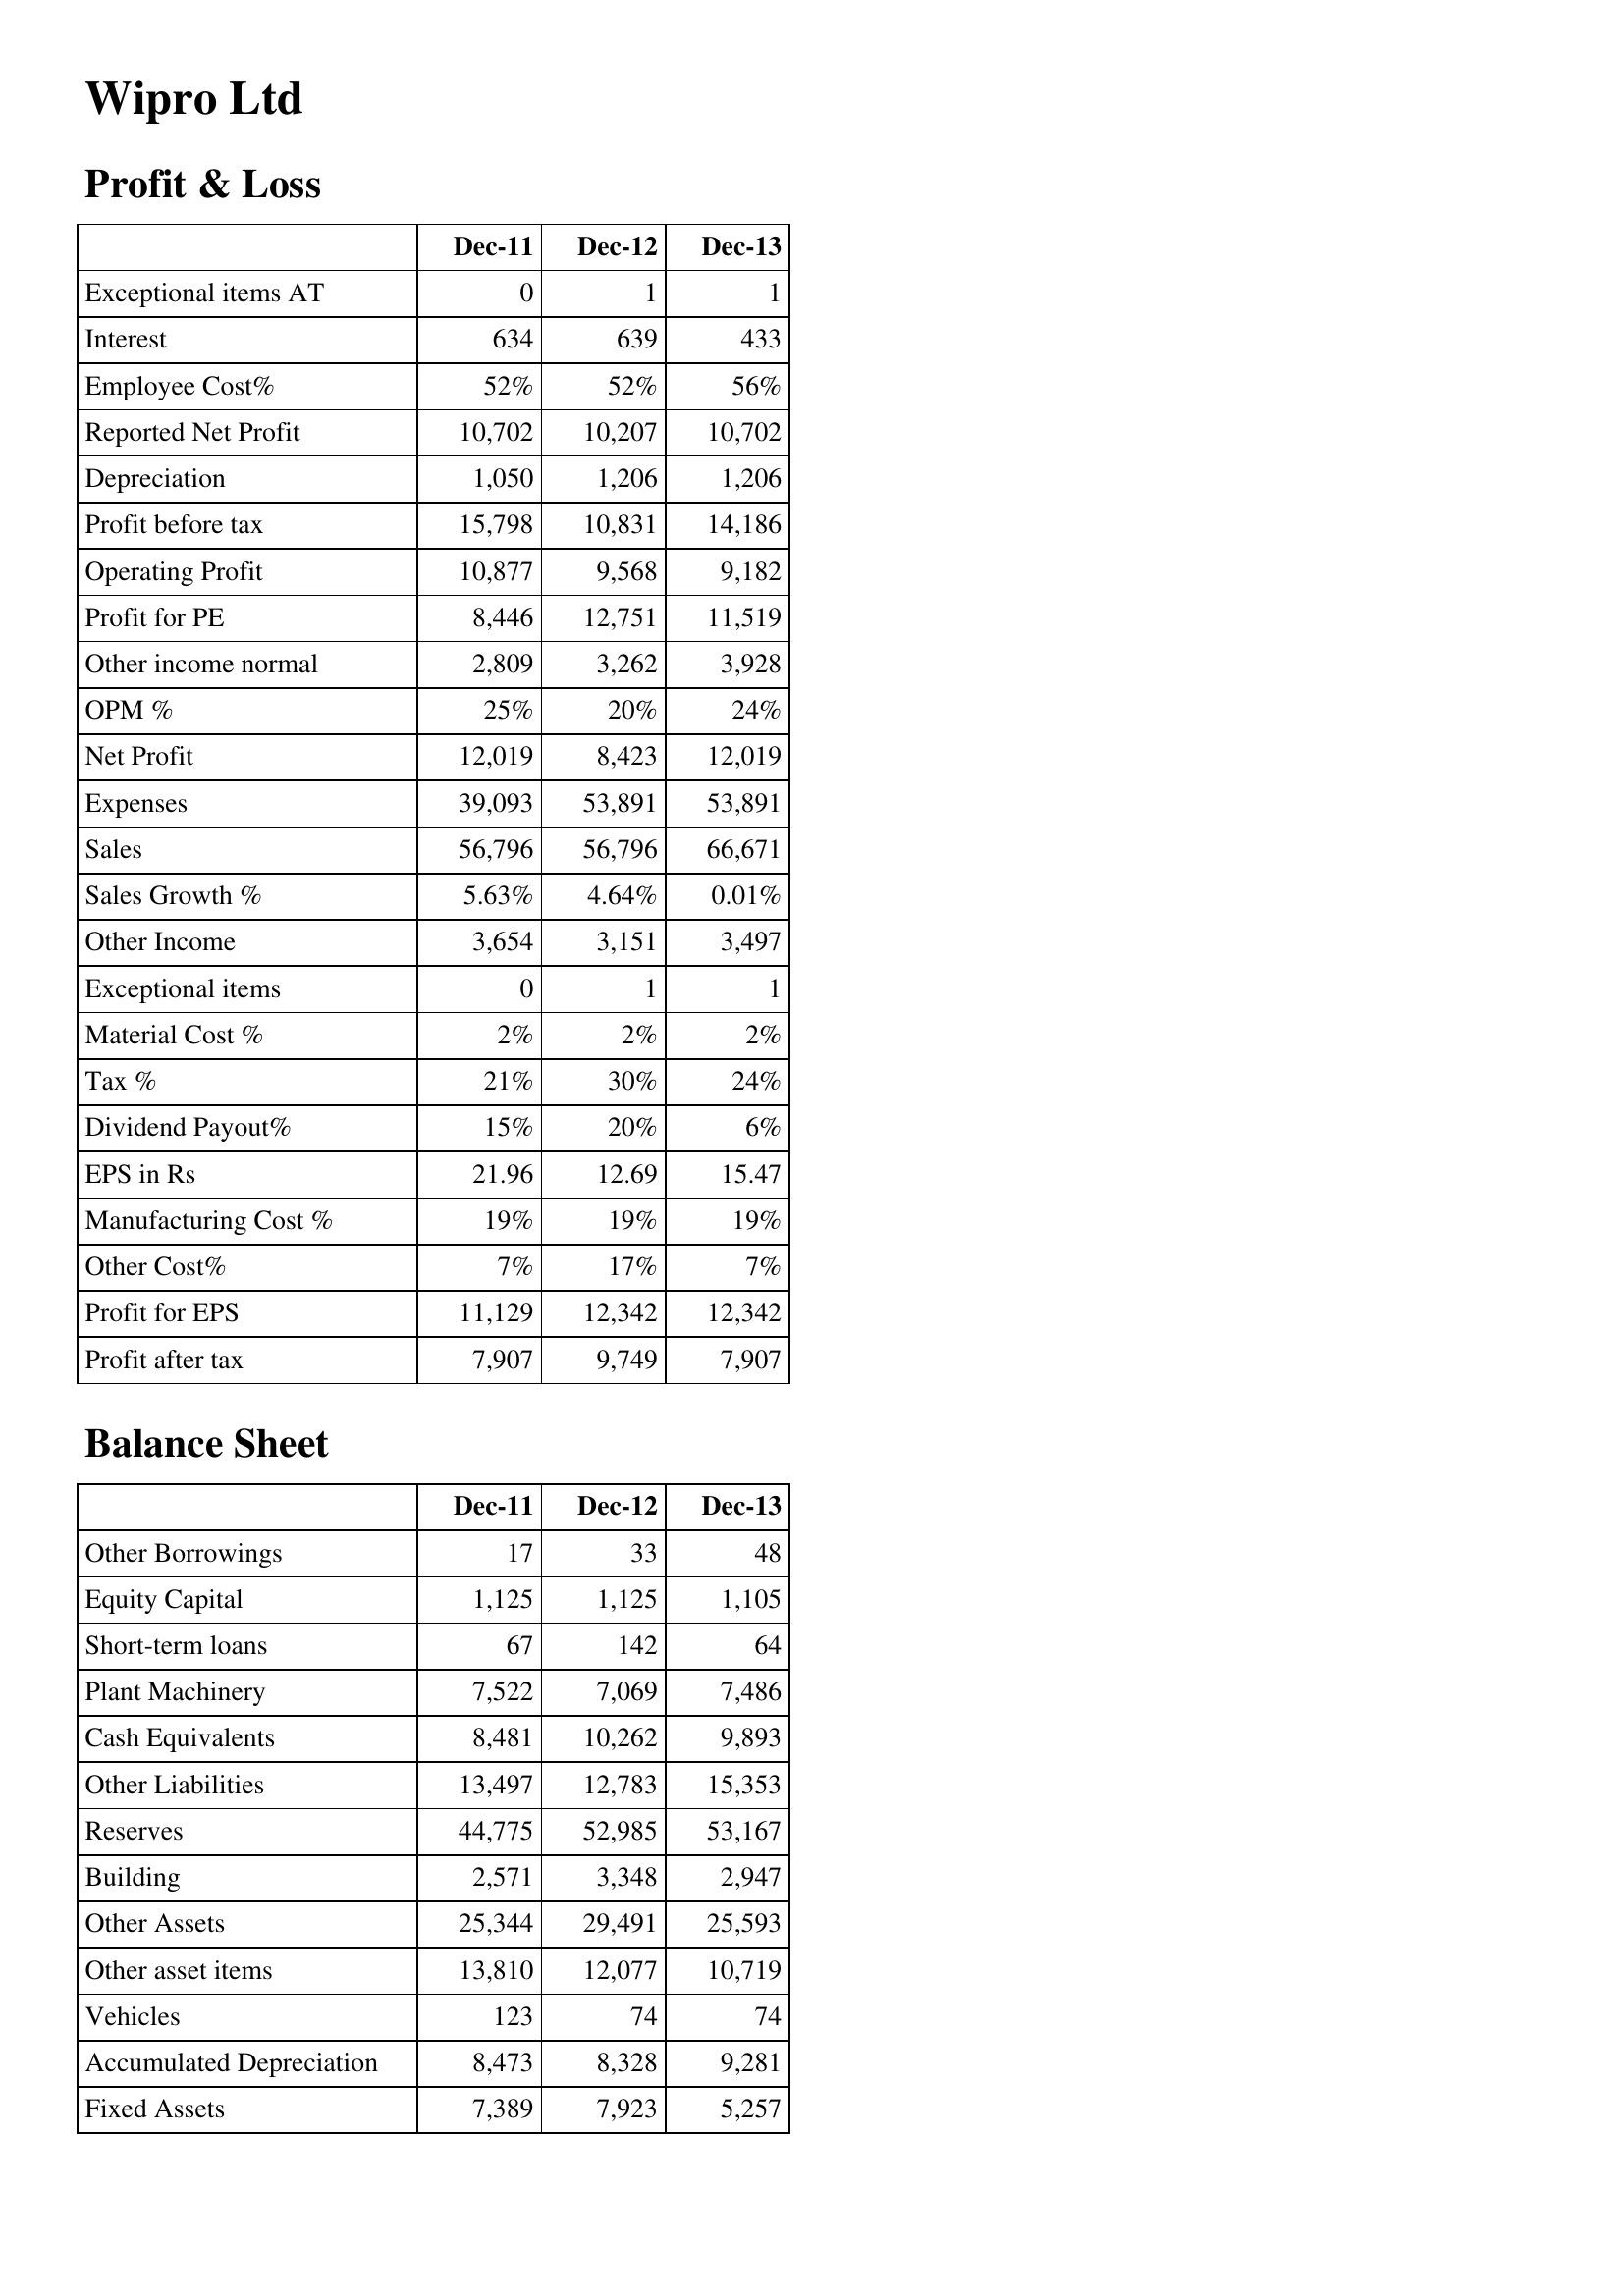
Dec-11: Profit & Loss: Exceptional items AT: 0
Interest: 634
Employee Cost%: 52%
Reported Net Profit: 10,702
Depreciation: 1,050
Profit before tax: 15,798
Operating Profit: 10,877
Profit for PE: 8,446
Other income normal: 2,809
OPM %: 25%
Net Profit: 12,019
Expenses: 39,093
Sales: 56,796
Sales Growth %: 5.63%
Other Income: 3,654
Exceptional items: 0
Material Cost %: 2%
Tax %: 21%
Dividend Payout%: 15%
EPS in Rs: 21.96
Manufacturing Cost %: 19%
Other Cost%: 7%
Profit for EPS: 11,129
Profit after tax: 7,907
Balance Sheet: Other Borrowings: 17
Equity Capital: 1,125
Short-term loans: 67
Plant Machinery: 7,522
Cash Equivalents: 8,481
Other Liabilities: 13,497
Reserves: 44,775
Building: 2,571
Other Assets: 25,344
Other asset items: 13,810
Vehicles: 123
Accumulated Depreciation: 8,473
Fixed Assets: 7,389
Dec-12: Profit & Loss: Exceptional items AT: 1
Interest: 639
Employee Cost%: 52%
Reported Net Profit: 10,207
Depreciation: 1,206
Profit before tax: 10,831
Operating Profit: 9,568
Profit for PE: 12,751
Other income normal: 3,262
OPM %: 20%
Net Profit: 8,423
Expenses: 53,891
Sales: 56,796
Sales Growth %: 4.64%
Other Income: 3,151
Exceptional items: 1
Material Cost %: 2%
Tax %: 30%
Dividend Payout%: 20%
EPS in Rs: 12.69
Manufacturing Cost %: 19%
Other Cost%: 17%
Profit for EPS: 12,342
Profit after tax: 9,749
Balance Sheet: Other Borrowings: 33
Equity Capital: 1,125
Short-term loans: 142
Plant Machinery: 7,069
Cash Equivalents: 10,262
Other Liabilities: 12,783
Reserves: 52,985
Building: 3,348
Other Assets: 29,491
Other asset items: 12,077
Vehicles: 74
Accumulated Depreciation: 8,328
Fixed Assets: 7,923
Dec-13: Profit & Loss: Exceptional items AT: 1
Interest: 433
Employee Cost%: 56%
Reported Net Profit: 10,702
Depreciation: 1,206
Profit before tax: 14,186
Operating Profit: 9,182
Profit for PE: 11,519
Other income normal: 3,928
OPM %: 24%
Net Profit: 12,019
Expenses: 53,891
Sales: 66,671
Sales Growth %: 0.01%
Other Income: 3,497
Exceptional items: 1
Material Cost %: 2%
Tax %: 24%
Dividend Payout%: 6%
EPS in Rs: 15.47
Manufacturing Cost %: 19%
Other Cost%: 7%
Profit for EPS: 12,342
Profit after tax: 7,907
Balance Sheet: Other Borrowings: 48
Equity Capital: 1,105
Short-term loans: 64
Plant Machinery: 7,486
Cash Equivalents: 9,893
Other Liabilities: 15,353
Reserves: 53,167
Building: 2,947
Other Assets: 25,593
Other asset items: 10,719
Vehicles: 74
Accumulated Depreciation: 9,281
Fixed Assets: 5,257